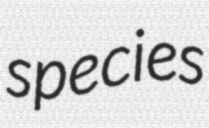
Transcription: species